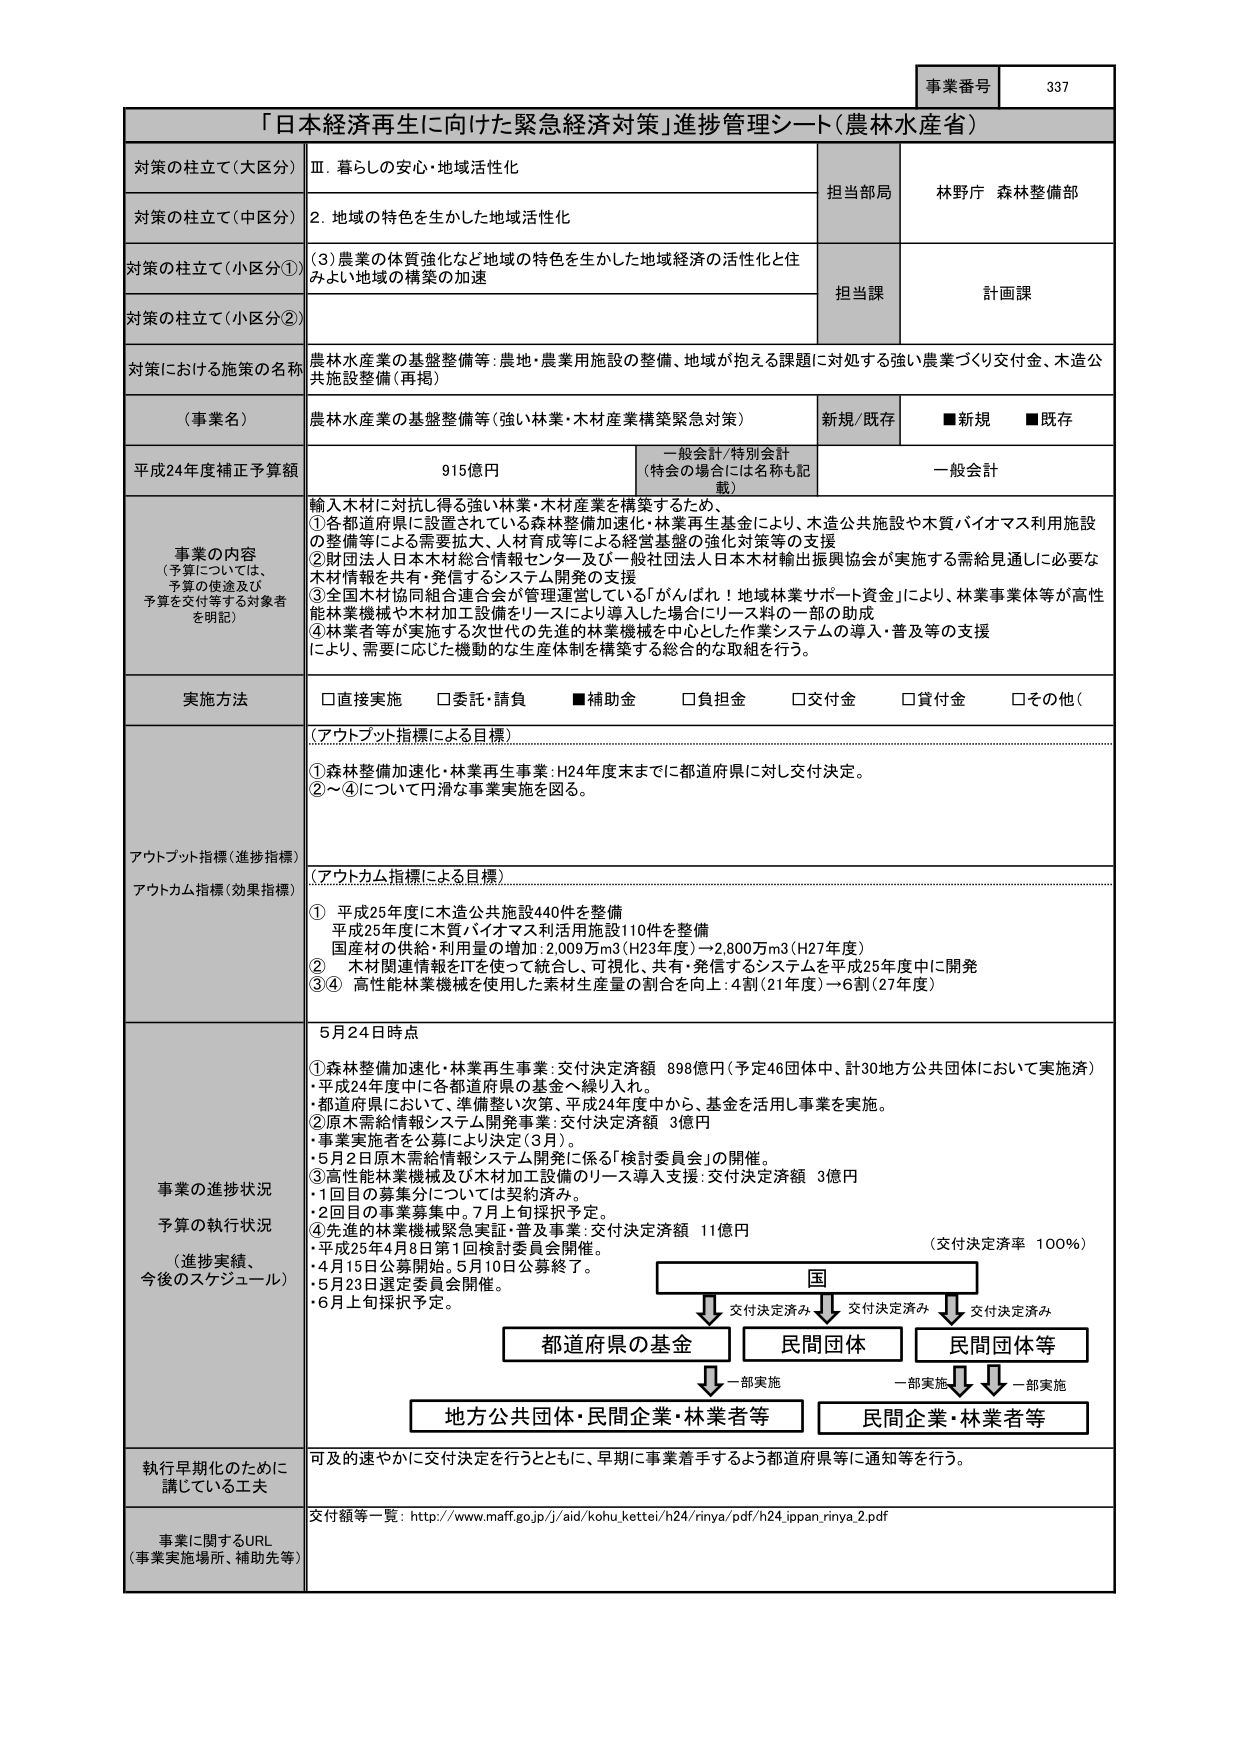
事業番号 337

「日本経済再生に向けた緊急経済対策」進捗管理シート（農林水産省）

対策の柱立て（大区分） Ⅲ．暮らしの安心・地域活性化
対策の柱立て（中区分） 2．地域の特色を生かした地域活性化
対策の柱立て（小区分①） （3）農業の体質強化など地域の特色を生かした地域経済の活性化と住みよい地域の構築の加速
対策の柱立て（小区分②）

担当部局 林野庁 森林整備部
担当課 計画課

対策における施策の名称 農林水産業の基盤整備等：農地・農業用施設の整備、地域が抱える課題に対処する強い農業づくり交付金、木造公共施設整備（再掲）

（事業名） 農林水産業の基盤整備等（強い林業・木材産業構築緊急対策） 新規/既存 ■新規 ■既存

平成24年度補正予算額 915億円 一般会計/特別会計 （特会の場合には名称も記載） 一般会計

事業の内容 （予算については、予算の使途及び予算を交付等する対象者を明記） 輸入木材に対抗し得る強い林業・木材産業を構築するため、
①各都道府県に設置されている森林整備加速化・林業再生基金により、木造公共施設や木質バイオマス利用施設の整備等による需要拡大、人材育成等による経営基盤の強化対策等の支援
②財団法人日本木材総合情報センター及び一般社団法人日本木材輸出振興協会が実施する需給見通しに必要な木材情報を共有・発信するシステム開発の支援
③全国木材協同組合連合会が管理運営している「がんばれ！地域林業サポート資金」により、林業事業体等が高性能林業機械や木材加工設備をリースにより導入した場合にリース料の一部の助成
④林業者が実施する次世代の先進的林業機械を中心とした作業システムの導入・普及等の支援により、需要に応じた機動的な生産体制を構築する総合的な取組を行う。

実施方法 □直接実施 □委託・請負 ■補助金 □負担金 □交付金 □貸付金 □その他（

（アウトプット指標による目標）
①森林整備加速化・林業再生事業：H24年度末までに都道府県に対し交付決定。
②～④について円滑な事業実施を図る。

アウトプット指標（進捗指標）
アウトカム指標（効果指標）
（アウトカム指標による目標）
① 平成25年度に木造公共施設440件を整備
平成25年度に木質バイオマス利用施設110件を整備
国産材の供給・利用量の増加：2,009万m3（H23年度）→2,800万m3（H27年度）
② 木材関連情報をITを使って統合し、可視化、共有・発信するシステムを平成25年度中に開発
③④ 高性能林業機械を使用した素材生産量の割合を向上：4割（21年度）→6割（27年度）

事業の進捗状況 予算の執行状況 （進捗実績、今後のスケジュール） 5月24日時点
①森林整備加速化・林業再生事業：交付決定済額 898億円（予定46団体中、計30地方公共団体において実施済）
・平成24年度中に各都道府県の基金へ繰り入れ。
・都道府県において、準備整い次第、平成24年度中から、基金を活用し事業を実施。
②原木需給情報システム開発事業：交付決定済額 3億円
・事業実施者を公募により決定（3月）。
・5月2日原木需給情報システム開発に係る「検討委員会」の開催。
③高性能林業機械及び木材加工設備のリース導入支援：交付決定済額 3億円
・1回目の募集分については契約済み。
・2回目の事業募集中。7月上旬採択予定。
④先進的林業機械緊急実証・普及事業：交付決定済額 11億円
・平成25年4月8日第1回検討委員会開催。
・4月15日公募開始。5月10日公募終了。
・5月23日選定委員会開催。
・6月上旬採択予定。
（交付決定済率 100%）

国
↓交付決定済み↓交付決定済み↓交付決定済み
都道府県の基金 民間団体 民間団体等
↓一部実施 ↓一部実施 ↓一部実施
地方公共団体・民間企業・林業者等 民間企業・林業者等

執行早期化のために講じている工夫 可及的速やかに交付決定を行うとともに、早期に事業着手するよう都道府県等に通知等を行う。

事業に関するURL （事業実施場所、補助先等） 交付額等一覧：http://www.maff.go.jp/j/aid/kohu_kettei/h24/rinya/pdf/h24_jppan_rinya_2.pdf